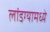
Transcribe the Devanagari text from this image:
लांडग्यामध्ये